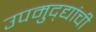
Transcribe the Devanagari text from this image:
उपमुद्द्यांची